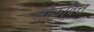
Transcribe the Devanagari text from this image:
लोकवित्त